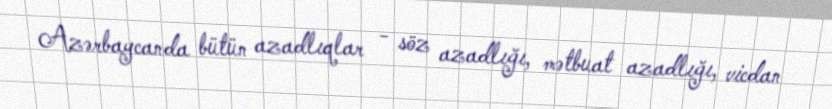
Azərbaycanda bütün azadlıqlar - söz azadlığı, mətbuat azadlığı, vicdan